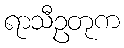
ရာသီဥတုက